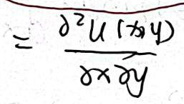
\[=\frac{\partial^{2}u(x,y)}{\partial x\partial y}\]